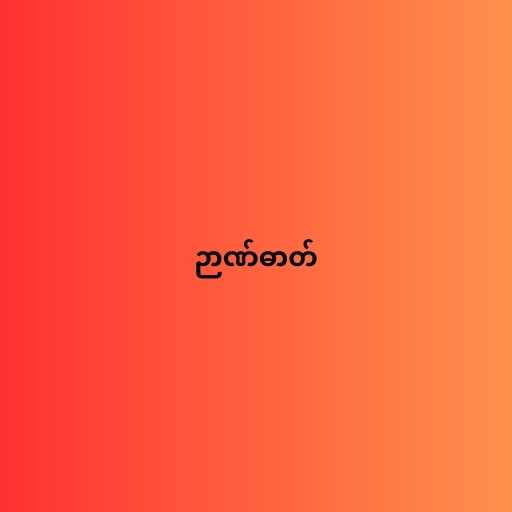
ဉာဏ်ဓာတ်